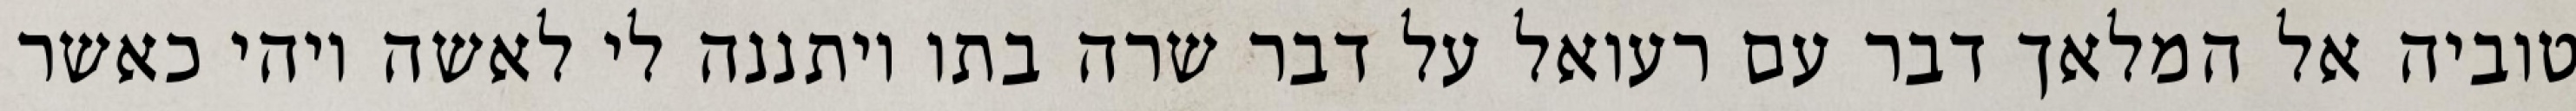
טוביה אל המלאך דבר עם רעואל על דבר שרה בתו ויתננה לי לאשה ויהי כאשר